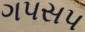
ગપસપ